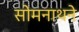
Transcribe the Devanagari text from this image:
सोमनाथने